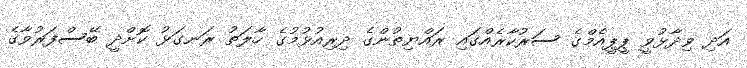
އަދި ވިދާޅުވީ ޕީޕީއެމްގެ ސަރުކާރެއްގައި ރައްޔިތުންގެ ދިރިއުޅުމުގެ ހާލަތު ރަނގަޅު ކޮށްދީ ބޭސްފަރުވާގެ